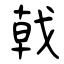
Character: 戟